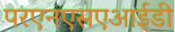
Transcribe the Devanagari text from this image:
परएनएसएआईडी